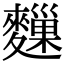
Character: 𪍨